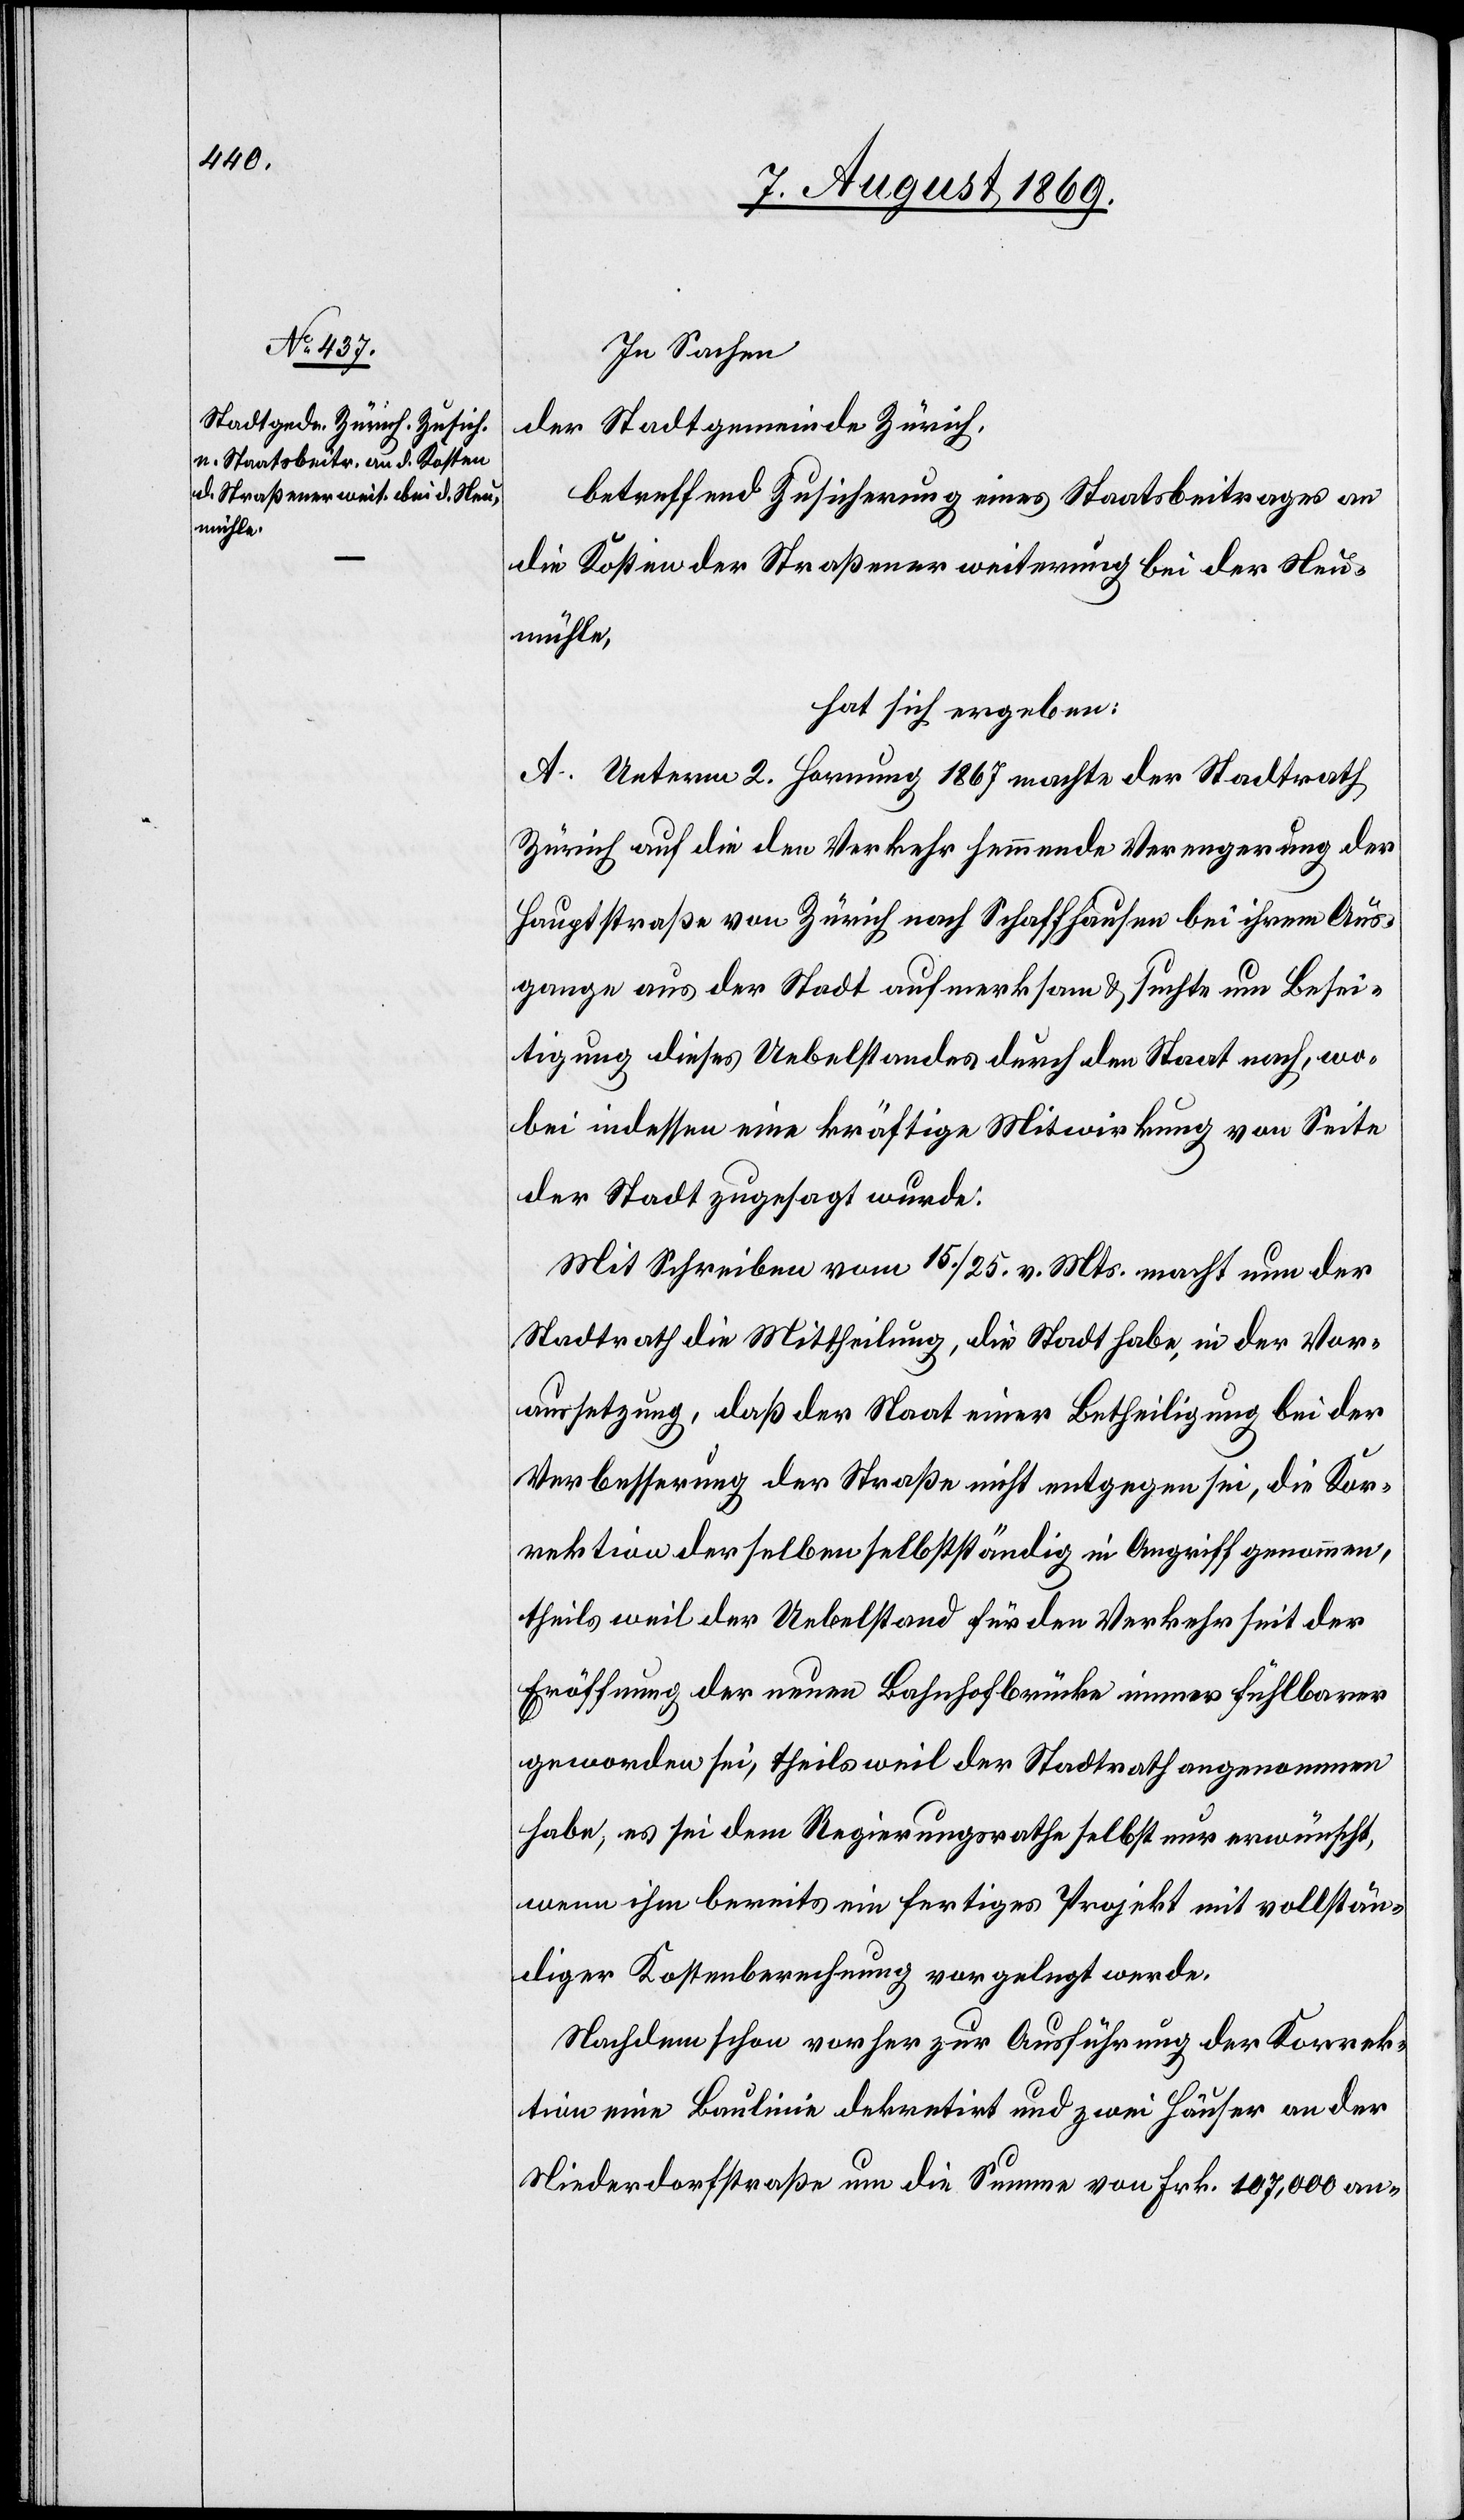
In Sachen
der Stadtgemeinde Zürich,
betreffend Zusicherung eines Staatsbeitrages an
die Kosten der Straßenerweiterung bei der Neu¬
mühle,
hat sich ergeben:
A. Unterm 2. Hornung 1867 machte der Stadtrath
Zürich auf die den Verkehr hemmende Verengerung der
Hauptstraße von Zürich nach Schaffhausen bei ihrem Aus¬
gange aus der Stadt aufmerksam & suchte um Besei¬
tigung dieses Uebelstandes durch den Staat nach, wo¬
bei indessen eine kräftige Mitwirkung von Seite
der Stadt zugesagt wurde:
Mit Schreiben vom 15/25. v. Mts. macht nun der
Stadtrath die Mittheilung, die Stadt habe, in der Vor¬
aussetzung, daß der Staat einer Betheiligung bei der
Verbesserung der Straße nicht entgegen sei, die Kor¬
rektion derselben selbstständig in Angriff genommen,
theils weil der Uebelstand für den Verkehr seit der
Eröffnung der neuen Bahnhofbrücke immer fühlbarer
geworden sei, theils weil der Stadtrath angenommen
habe, es sei dem Regierungsrathe selbst nur erwünscht,
wenn ihm bereits ein fertiges Projekt mit vollstän¬
diger Kostenberechnung vorgelegt werde.
Nachdem schon vorher zur Ausführung der Korrek¬
tion eine Baulinie dekretirt und zwei Häuser an der
Niederdorfstraße um die Summe von Frk. 107,000 an-